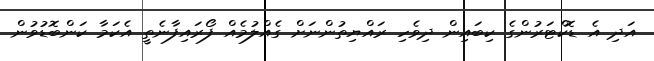
އަދި އެ ޑޮކްޓަރުންގެ ކިބައިން ދިވެހި ރައްޔިތުންނަށް ގެއްލުމެއް ފޯރައިފާނެތީ އެކަމާ ކަންބޮޑުވުން